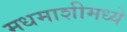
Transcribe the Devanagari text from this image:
मधमाशीमध्ये